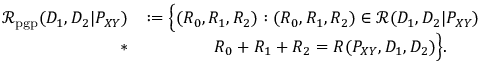
\begin{array} { r l } { \mathcal { R } _ { \mathrm { p g p } } ( D _ { 1 } , D _ { 2 } | P _ { X Y } ) } & { : = \Big \{ ( R _ { 0 } , R _ { 1 } , R _ { 2 } ) : ( R _ { 0 } , R _ { 1 } , R _ { 2 } ) \in \mathcal { R } ( D _ { 1 } , D _ { 2 } | P _ { X Y } ) } \\ { * } & { \qquad \qquad R _ { 0 } + R _ { 1 } + R _ { 2 } = R ( P _ { X Y } , D _ { 1 } , D _ { 2 } ) \Big \} . } \end{array}